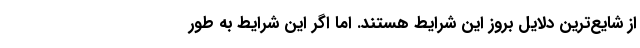
از شایع‌ترین دلایل بروز این شرایط هستند. اما اگر این شرایط به طور